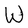
Character: W